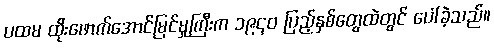
ပထမ ထိုးဖောက်အောင်မြင်မှုကြီးက ၁၉၄၀ ပြည့်နှစ်တွေထဲတွင် ပေါ်ခဲ့သည်။